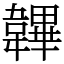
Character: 韠